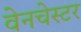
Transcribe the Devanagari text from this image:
वेनचेस्टर